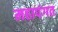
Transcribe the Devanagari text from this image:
महापंगत